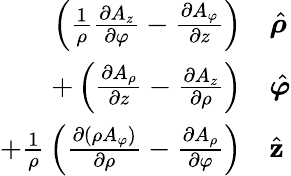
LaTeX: {\begin{array}{rl}{\left({\frac{1}{\rho}}{\frac{\partial A_{z}}{\partial\varphi}}-{\frac{\partial A_{\varphi}}{\partial z}}\right)}&{{\hat{\boldsymbol{\rho}}}}\\ {+\left({\frac{\partial A_{\rho}}{\partial z}}-{\frac{\partial A_{z}}{\partial\rho}}\right)}&{{\hat{\boldsymbol{\varphi}}}}\\ {+{\frac{1}{\rho}}\left({\frac{\partial\left(\rho A_{\varphi}\right)}{\partial\rho}}-{\frac{\partial A_{\rho}}{\partial\varphi}}\right)}&{{\hat{\mathbf{z}}}}\end{array}}